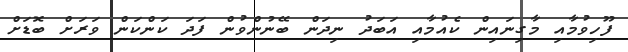
ފޫހިވުމާއި މާގިނައިން ކެއުމާއި އަބަދު ނިދަން ބޭނުންވުން ފަދަ ކަންކަން ވަރަށް ބޮޑަށް